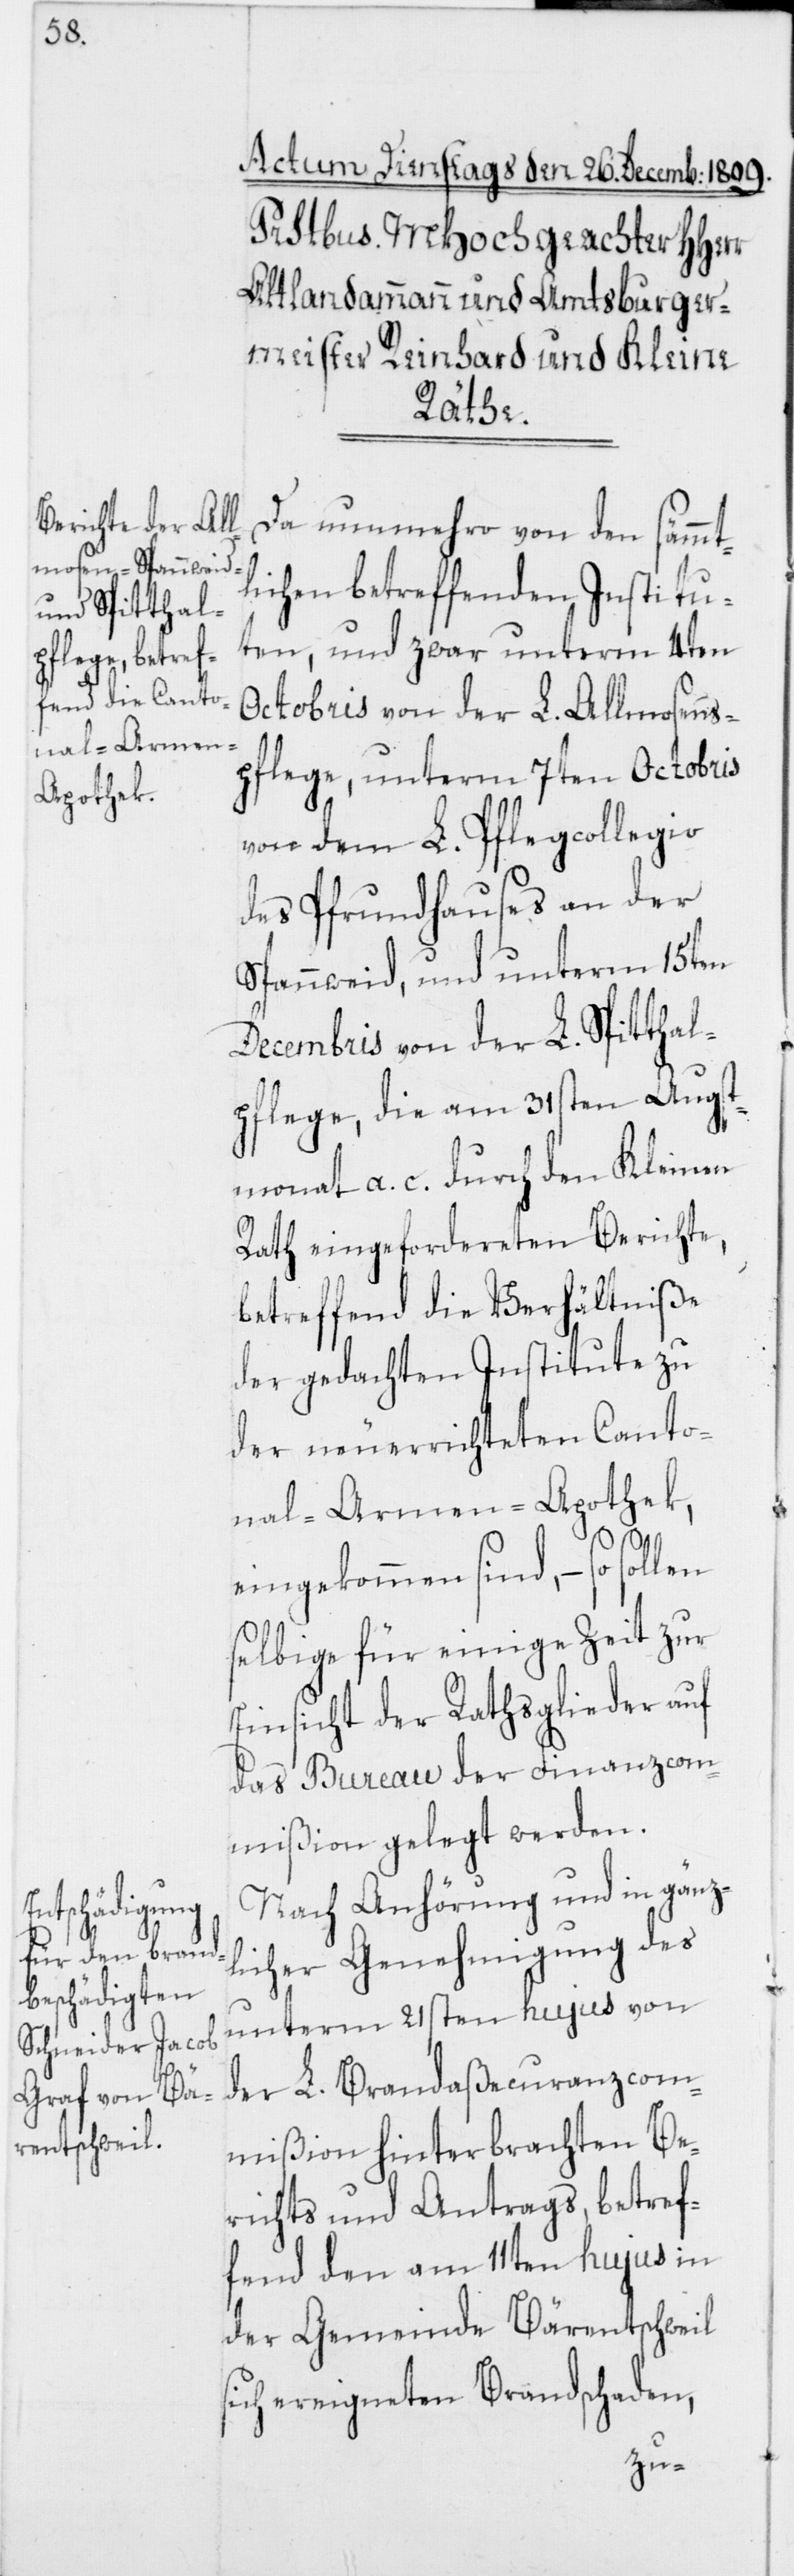
Da nunmehro von den sämmt¬
lichen betreffenden Institu¬
ten, und zwar unterm 4ten
Octobris von der L. Allmosens¬
pflege, unterm 7ten Octobris
von dem L. Pflegcollegio
des Pfrundhauses an der
Spannweid, und unterm 15ten
Decembris von der L. Spitthal¬
pflege, die am 31sten Augst¬
monat a. c. durch den Kleinen
Rath eingefordereten Berichte,
betreffend die Verhältniße
der gedachten Institute zu
der neuerrichteten Canto¬
nal-Armen-Apothek,
eingekommen sind, – so
selbige für einige Zeit zur
Einsicht der Rathsglieder auf
das Bureau der Finanzcom¬
mißion gelegt werden.
Nach Anhörung und in gänzl¬
icher Genehmigung des
unterm 21sten hujus von
der L. Brandaßecuranzcom¬
mißion hinterbrachten Be¬
richts und Antrags, betref¬
fend den am 11ten hujus in
der Gemeinde Bärentschweil
sich ereigneten Brandschaden,